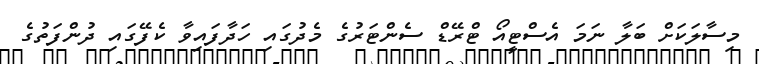
މިސާލަކަށް ބަލާ ނަމަ އެސްޓީއޯ ޓްރޭޑް ސެންޓަރުގެ މެދުގައި ހަދާފައިވާ ކެފޭގައި ދުންފަތުގެ